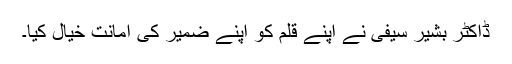
ڈاکٹر بشیر سیفی نے اپنے قلم کو اپنے ضمیر کی امانت خیال کیا۔